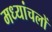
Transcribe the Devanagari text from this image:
मध्यांचलों